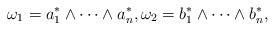
LaTeX: \begin{gather*}\omega_1 = a_1^*\wedge \cdots \wedge a_n^*, \omega_2 = b_1^*\wedge \cdots \wedge b_n^*,\end{gather*}